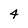
Character: 4